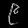
Digit: ၉